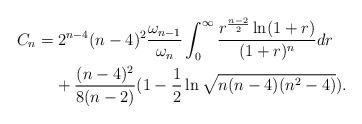
LaTeX: \begin{align*}\begin{multlined}C_n=2^{n-4}(n-4)^2 \dfrac{\omega_{n-1}}{\omega_n}\int_0^\infty \dfrac{r^{\frac{n-2}{2}}\ln (1+r)}{(1+r)^n}dr\\ +\dfrac{(n-4)^2}{8(n-2)}(1-\dfrac{1}{2}\ln \sqrt{n(n-4)(n^2-4)}).\end{multlined}\end{align*}